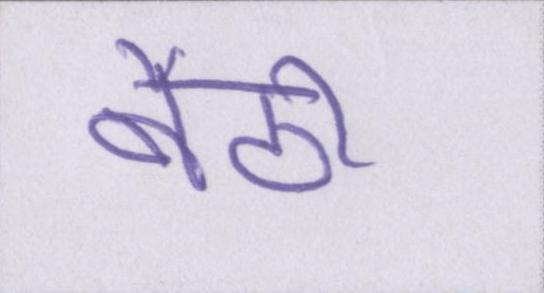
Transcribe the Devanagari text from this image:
बैठी